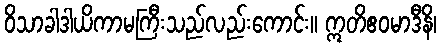
ဝိသာခါဒါယိကာမကြီးသည်လည်းကောင်း။ ဣတိဧဝမာဒီနိ၊